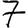
Digit: 7